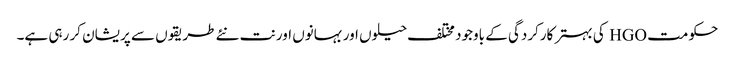
حکومت HGO کی بہتر کارکردگی کے باوجود مختلف حیلوں اور بہانوں اور نت نئے طریقوں سے پریشان کر رہی ہے۔